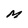
Character: M